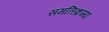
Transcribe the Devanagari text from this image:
समतिक्रम्य